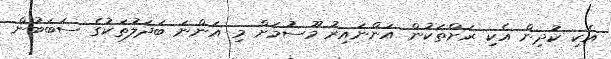
އެކި ކުދިން އެކި ރަށްތަކުން އަންނައިރު މޫސުމަށް މި އަންނަ ބަދަލުތަކުގެ ސަބަބުން